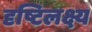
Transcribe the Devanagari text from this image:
दृष्टिलक्ष्य